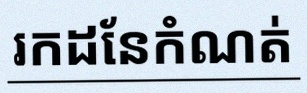
រកដែនកំណត់